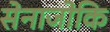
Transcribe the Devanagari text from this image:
सेनाजोकि